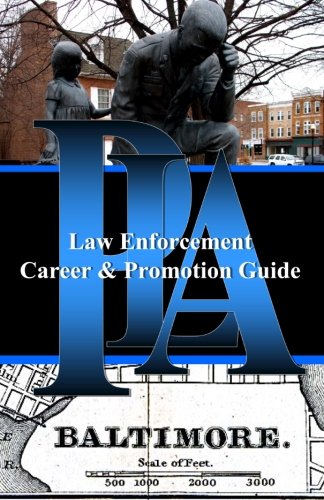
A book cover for PLA Law Enforcement Career & Promotion Guide, Baltimore: Baltimore, Maryland; Police Leadership Association; Law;